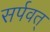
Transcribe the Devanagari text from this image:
सर्पवत्